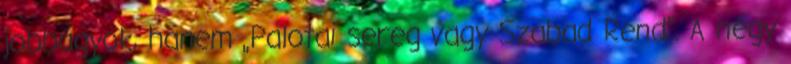
jobbágyok, hanem „Palotai sereg vagy Szabad Rend”. A négy